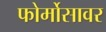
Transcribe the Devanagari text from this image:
फोर्मोसावर